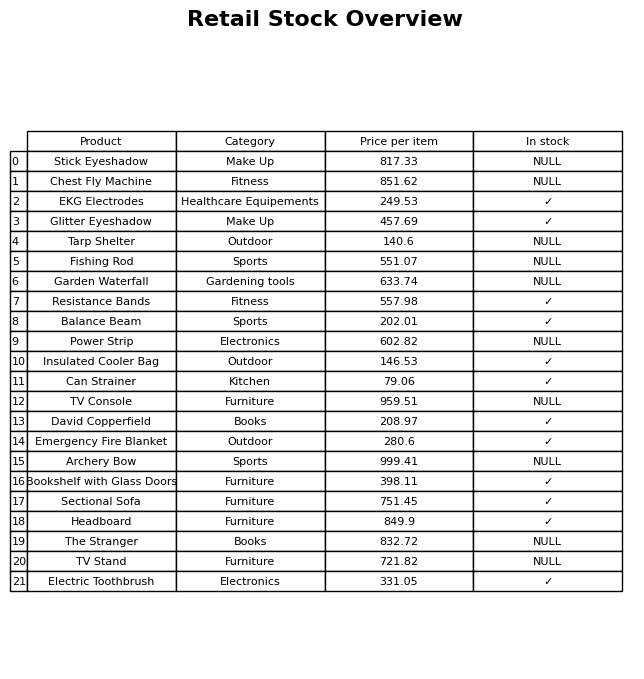
question: What category does the Sectional Sofa belong to?
answer: Furniture